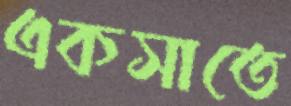
একসাতে